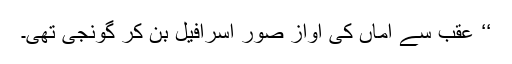
‘‘ عقب سے اماں کی آواز صور اسرافیل بن کر گونجی تھی۔